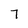
Character: 7